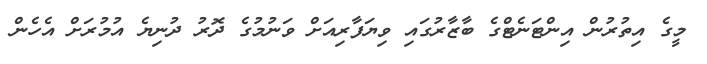
މީގެ އިތުރުން އިންޓަނެޓްގެ ބާޒާރުގައި ވިޔަފާރިއަށް ވަނުމުގެ ދޮރު ދުނިޔެ އުމުރަށް އެހެން